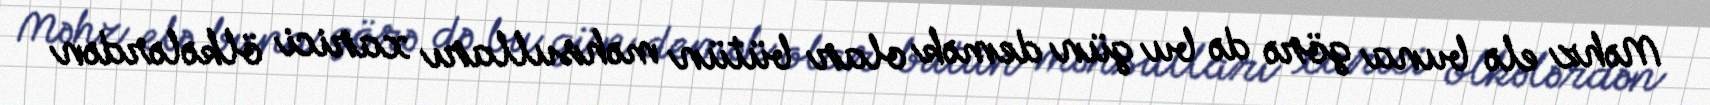
Məhz elə buna görə də bu gün demək olar bütün məhsulları xarici ölkələrdən